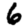
Digit: 6